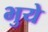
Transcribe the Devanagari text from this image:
भुये